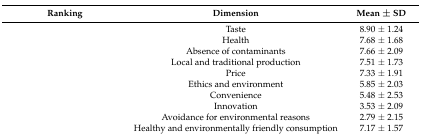
<table><thead><tr><td><b>Ranking</b></td><td><b>Dimension</b></td><td><b>Mean ± SD</b></td></tr></thead><tbody><tr><td>[EMPTY_CELL]</td><td>Taste</td><td>8.90 ± 1.24</td></tr><tr><td>[EMPTY_CELL]</td><td>Health</td><td>7.68 ± 1.68</td></tr><tr><td>[EMPTY_CELL]</td><td>Absence of contaminants</td><td>7.66 ± 2.09</td></tr><tr><td>[EMPTY_CELL]</td><td>Local and traditional production</td><td>7.51 ± 1.73</td></tr><tr><td>[EMPTY_CELL]</td><td>Price</td><td>7.33 ± 1.91</td></tr><tr><td>[EMPTY_CELL]</td><td>Ethics and environment</td><td>5.85 ± 2.03</td></tr><tr><td>[EMPTY_CELL]</td><td>Convenience</td><td>5.48 ± 2.53</td></tr><tr><td>[EMPTY_CELL]</td><td>Innovation</td><td>3.53 ± 2.09</td></tr><tr><td>[EMPTY_CELL]</td><td>Avoidance for environmental reasons</td><td>2.79 ± 2.15</td></tr><tr><td>[EMPTY_CELL]</td><td>Healthy and environmentally friendly consumption</td><td>7.17 ± 1.57</td></tr></tbody></table>